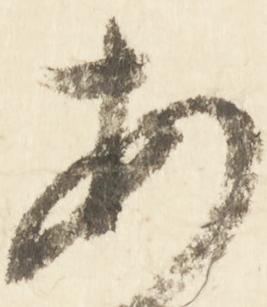
安